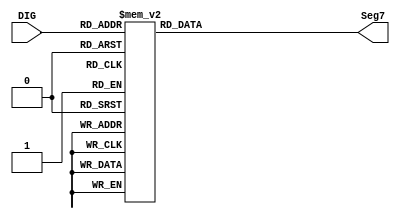
module decoder_4bit_7Seg_Neg (DIG, Seg7);
	input [3:0] DIG;
	output reg [6:0] Seg7;
	
	always @(DIG) begin
		case (DIG)
		//              gfedcba     
			0: Seg7 = 7'b1000000;  // 0
			1: Seg7 = 7'b1111001;  // 1
			2: Seg7 = 7'b0100100;  // 2
			3: Seg7 = 7'b0110000;  // 3
		   4: Seg7 = 7'b0011001;  // 4
			5: Seg7 = 7'b0010010;  // 5
			6: Seg7 = 7'b0000010;  // 6
			7: Seg7 = 7'b1011000;  // 7
			8: Seg7 = 0;           // 8
			9: Seg7 = 7'b0011000;  // 9
			10: Seg7 = 7'b0001000; // A
			11: Seg7 = 7'b0000011; // b
			12: Seg7 = 7'b1000110; // C
			13: Seg7 = 7'b0100001; // d
			14: Seg7 = 7'b0000110; // E
			15: Seg7 = 7'b0001110; // F
		endcase
	end
endmodule